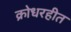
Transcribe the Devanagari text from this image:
क्रोधरहीत